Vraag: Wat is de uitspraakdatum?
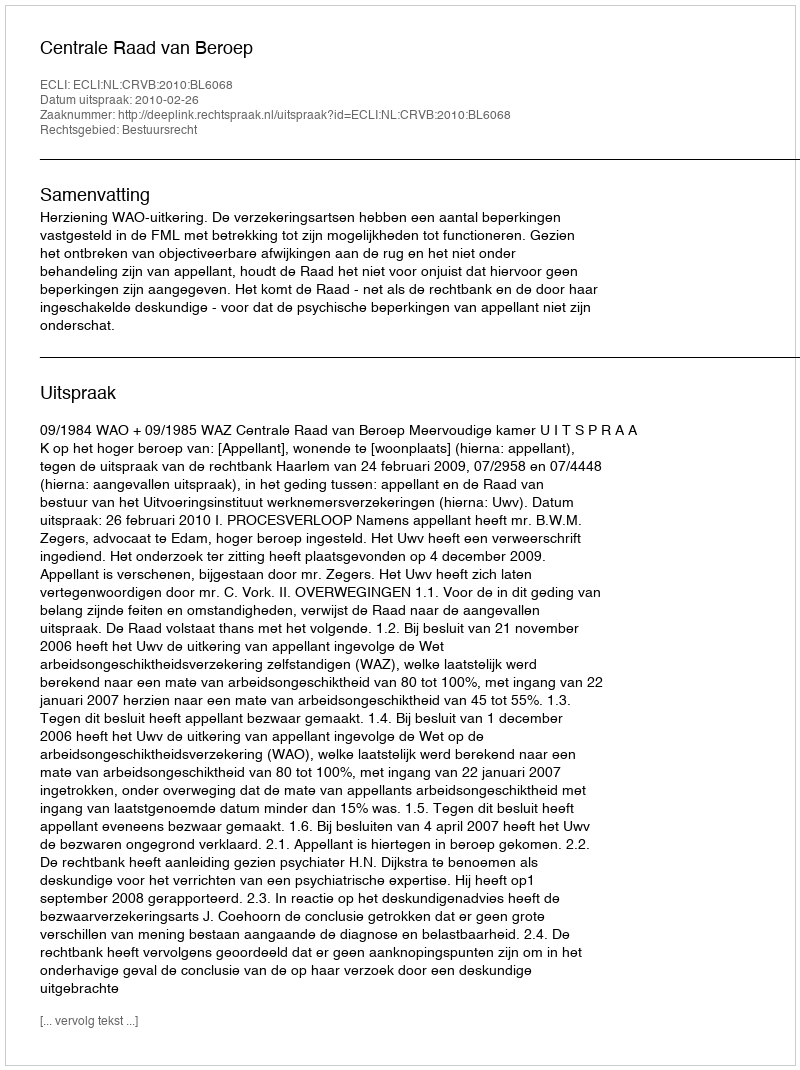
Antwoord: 2010-02-26